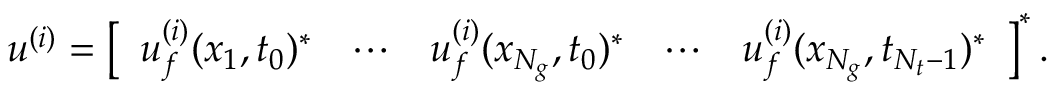
\begin{array} { r } { \boldsymbol { u } ^ { ( i ) } = \left[ \begin{array} { l l l l l } { \boldsymbol { u } _ { f } ^ { ( i ) } ( \boldsymbol { x } _ { 1 } , t _ { 0 } ) ^ { * } } & { \cdots } & { \boldsymbol { u } _ { f } ^ { ( i ) } ( \boldsymbol { x } _ { N _ { g } } , t _ { 0 } ) ^ { * } } & { \cdots } & { \boldsymbol { u } _ { f } ^ { ( i ) } ( \boldsymbol { x } _ { N _ { g } } , t _ { N _ { t } - 1 } ) ^ { * } } \end{array} \right] ^ { * } . } \end{array}